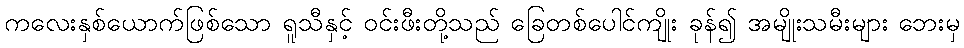
ကလေးနှစ်ယောက်ဖြစ်သော ရူသီနှင့် ဝင်းဖီးတို့သည် ခြေတစ်ပေါင်ကျိုး ခုန်၍ အမျိုးသမီးများ ဘေးမှ